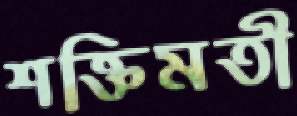
শক্তিমতী